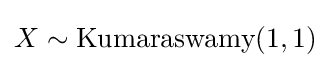
X\sim {\textrm {Kumaraswamy}}(1,1)